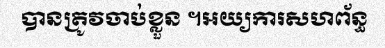
បានត្រូវចាប់ខ្លួន ។អយ្យការសហព័ន្ធ